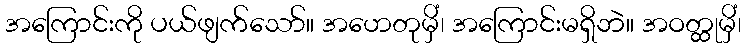
အကြောင်းကို ပယ်ဖျက်သော်။ အဟေတုမှိံ၊ အကြောင်းမရှိဘဲ။ အဝတ္ထုမှိံ၊